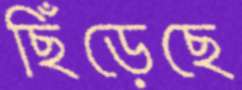
ছিঁড়েছে